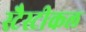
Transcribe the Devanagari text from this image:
स्टैस्टीकल